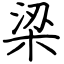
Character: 梁